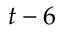
t - 6